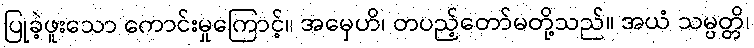
ပြုခဲ့ဖူးသော ကောင်းမှုကြောင့်။ အမှေဟိ၊ တပည့်တော်မတို့သည်။ အယံ သမ္ပတ္တိ၊